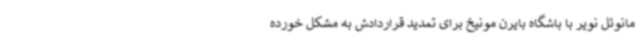
مانوئل نویر با باشگاه بایرن مونیخ برای تمدید قراردادش به مشکل خورده